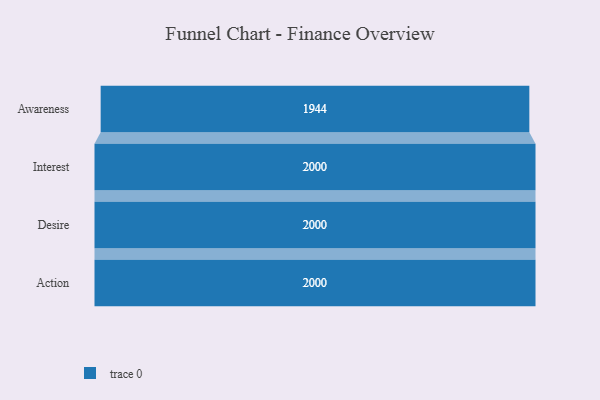
{"axis": {"x": "Stage", "y": "Value"}, "legend": [""], "data": [{"x": "Awareness", "y": 1944.0, "type": ""}, {"x": "Interest", "y": 2000, "type": ""}, {"x": "Desire", "y": 2000, "type": ""}, {"x": "Action", "y": 2000, "type": ""}]}